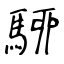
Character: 駵